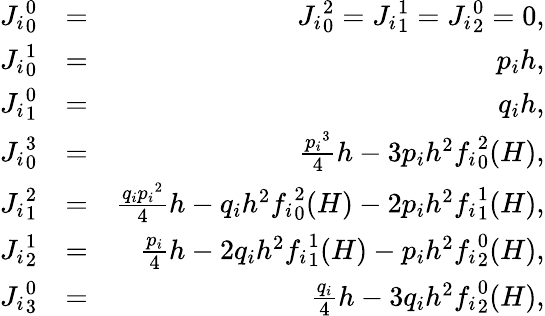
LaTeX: \begin{array}{rlr}{{J_{i}}_{0}^{0}}&{=}&{{J_{i}}_{0}^{2}={J_{i}}_{1}^{1}={J_{i}}_{2}^{0}=0,}\\ {{J_{i}}_{0}^{1}}&{=}&{p_{i}h,}\\ {{J_{i}}_{1}^{0}}&{=}&{q_{i}h,}\\ {{J_{i}}_{0}^{3}}&{=}&{\frac{{p_{i}}^{3}}{4}h-3p_{i}h^{2}{f_{i}}_{0}^{2}(H),}\\ {{J_{i}}_{1}^{2}}&{=}&{\frac{q_{i}{p_{i}}^{2}}{4}h-q_{i}h^{2}{f_{i}}_{0}^{2}(H)-2p_{i}h^{2}{f_{i}}_{1}^{1}(H),}\\ {{J_{i}}_{2}^{1}}&{=}&{\frac{p_{i}}{4}h-2q_{i}h^{2}{f_{i}}_{1}^{1}(H)-p_{i}h^{2}{f_{i}}_{2}^{0}(H),}\\ {{J_{i}}_{3}^{0}}&{=}&{\frac{q_{i}}{4}h-3q_{i}h^{2}{f_{i}}_{2}^{0}(H),}\end{array}